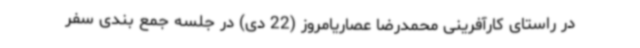
در راستای کارآفرینی محمدرضا عصاریامروز (22 دی) در جلسه جمع بندی سفر